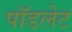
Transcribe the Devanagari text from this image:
पॉडलेट